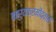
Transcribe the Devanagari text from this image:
कार्यक्रमोंद्वारा